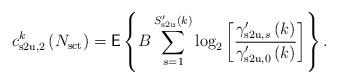
LaTeX: \begin{align*}c^k_{\mathrm{s2u},2} \left( N_{\mathrm{sct}} \right) = \mathsf{E} \left\lbrace B \sum^{S'_{\mathrm{s2u}}\left( k \right)}_{s=1} \log_2\left[ \frac{\gamma'_{\mathrm{s2u},s}\left( k \right)}{\gamma'_{\mathrm{s2u},0}\left( k \right)} \right] \right\rbrace.\end{align*}